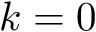
k = 0